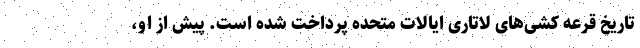
تاریخ قرعه کشی‌های لاتاری ایالات متحده پرداخت شده است. پیش از او،